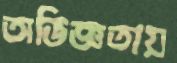
অভিজ্ঞতায়